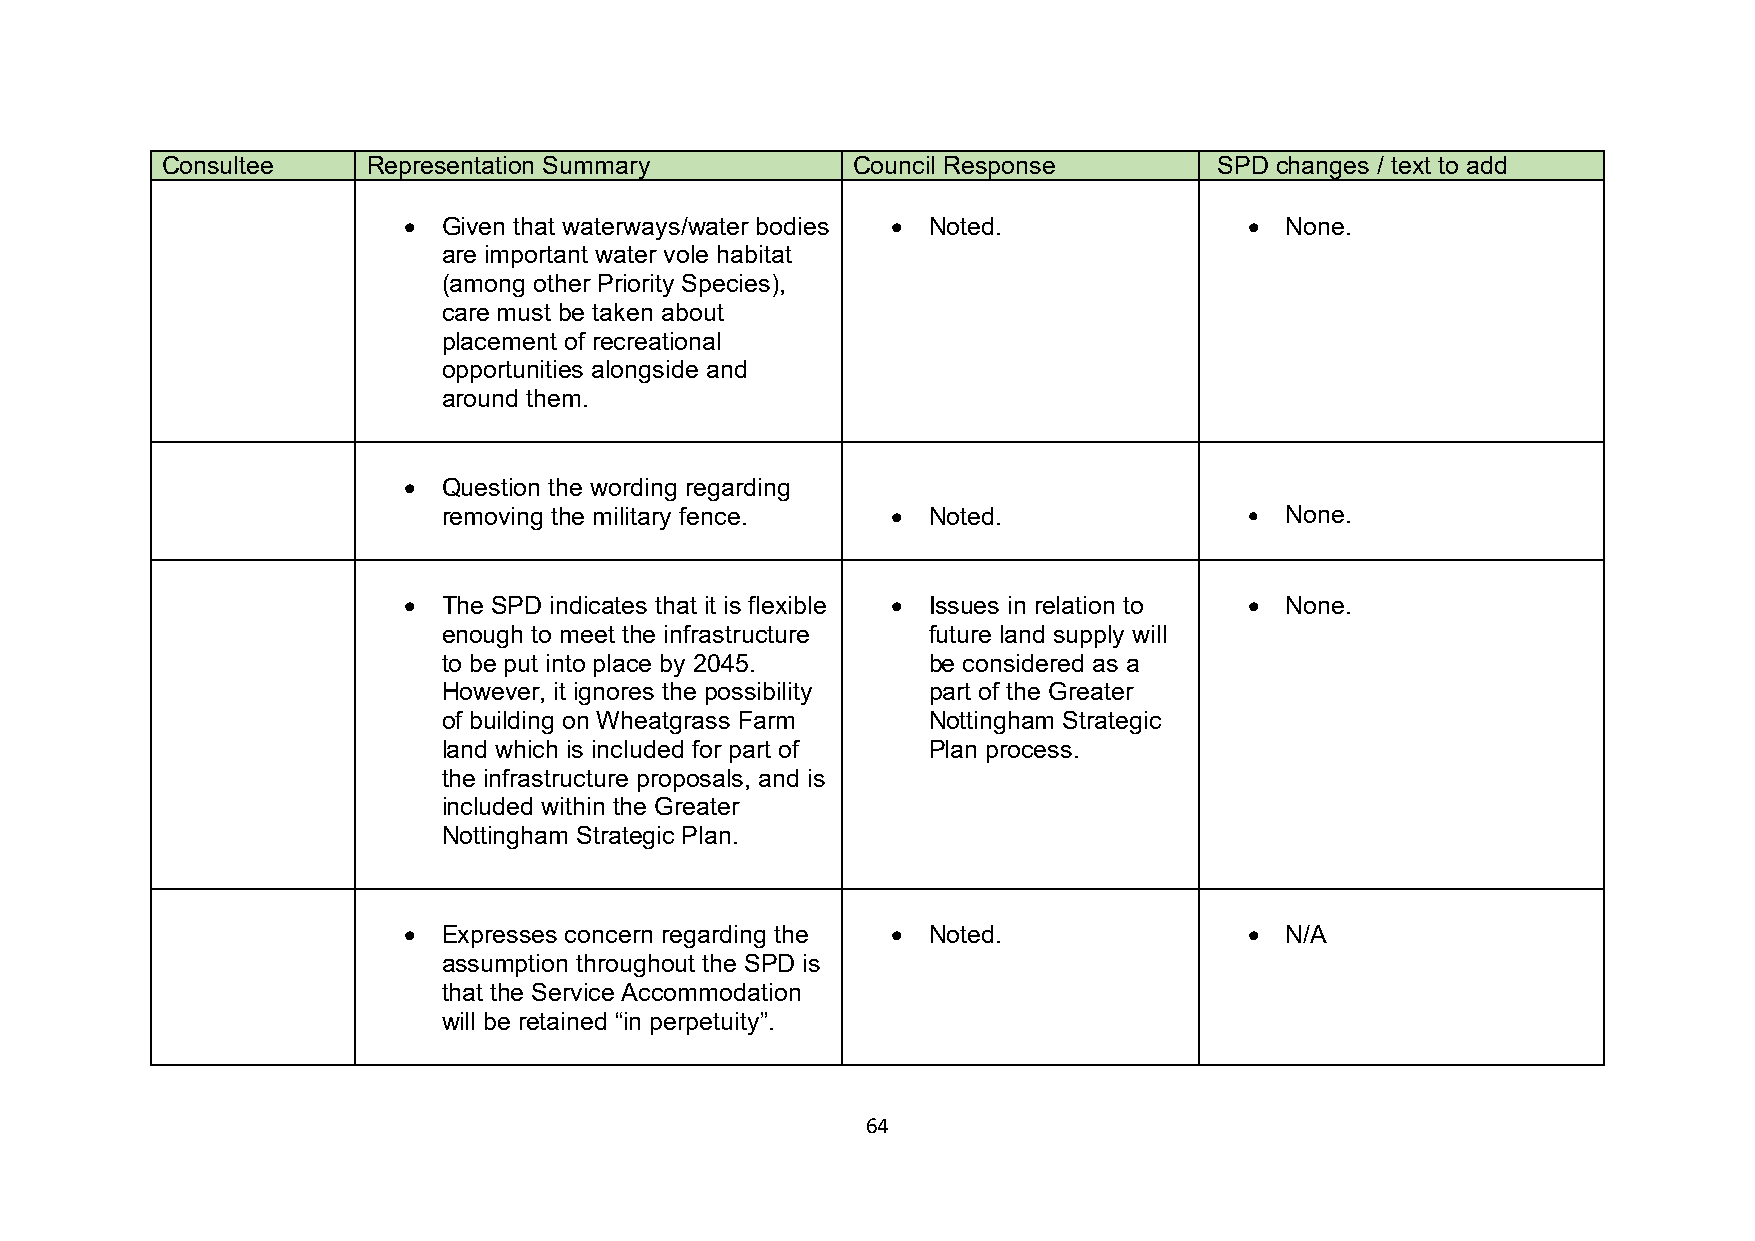
Consultee    Representation Summary          Council Response         SPD changes / text to add
 • Given that waterways/water bodies • Noted.            • None.
 are important water vole habitat
 (among other Priority Species),
 care must be taken about
 placement of recreational
 opportunities alongside and
 around them.
 • Question the wording regarding
 removing the military fence.  • Noted.                • None.
 • The SPD indicates that it is flexible • Issues in relation to • None.
 enough to meet the infrastructure future land supply will
 to be put into place by 2045.   be considered as a
 However, it ignores the possibility part of the Greater
 of building on Wheatgrass Farm  Nottingham Strategic
 land which is included for part of Plan process.
 the infrastructure proposals, and is
 included within the Greater
 Nottingham Strategic Plan.
 • Expresses concern regarding the • Noted.              • N/A
 assumption throughout the SPD is
 that the Service Accommodation
 will be retained “in perpetuity”.
 64